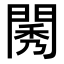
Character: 𨴷